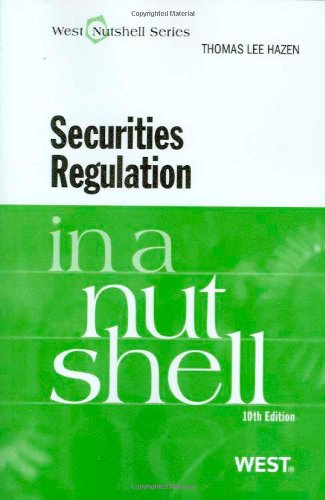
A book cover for Securities Regulation in a Nutshell; Thomas Hazen; Law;